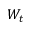
W _ { t }